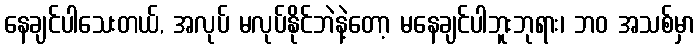
နေချင်ပါသေးတယ်, အလုပ် မလုပ်နိုင်ဘဲနဲ့တော့ မနေချင်ပါဘူးဘုရား၊ ဘဝ အသစ်မှာ